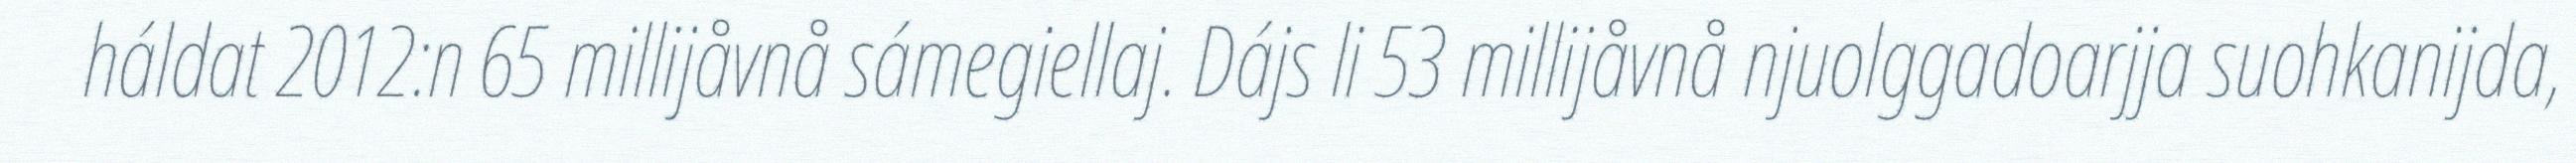
háldat 2012:n 65 millijåvnå sámegiellaj. Dájs li 53 millijåvnå njuolggadoarjja suohkanijda,